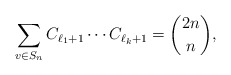
\begin{align*} \sum_{\substack{v \in S_n\\ }} C_{\ell_1+1}\cdots C_{\ell_k+1} = {2n \choose n},\end{align*}